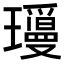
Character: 𬎝